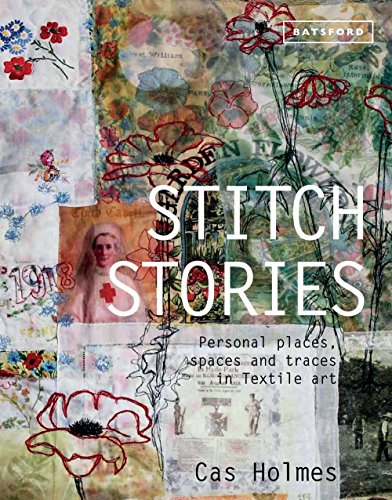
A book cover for Stitch Stories: Personal Places, Spaces and Traces in Textile Art; Cas Holmes; Crafts, Hobbies & Home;